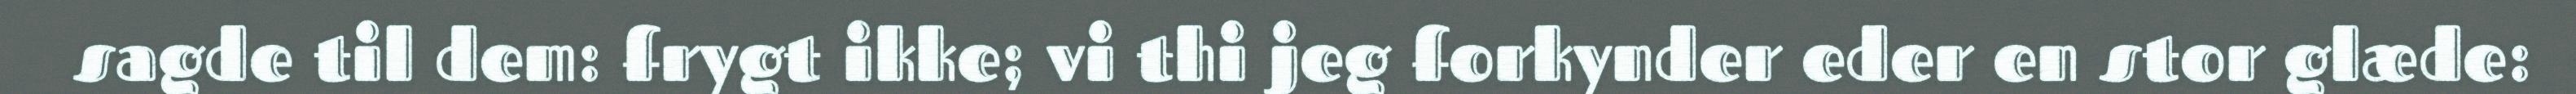
sagde til dem: frygt ikke; vi thi jeg forkynder eder en stor glæde: